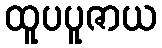
ထူပပူဇာယ